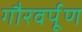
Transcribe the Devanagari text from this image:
गौरवर्पूण